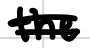
Text: the
Cross-out: double-line
Writing tool: digital_black